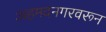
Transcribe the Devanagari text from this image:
अहमदनगरवरून